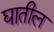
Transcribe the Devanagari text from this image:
घातील